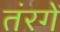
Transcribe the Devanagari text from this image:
तंरगें